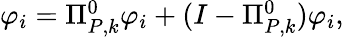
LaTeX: \begin{array}{r}{\varphi_{i}=\Pi_{{P},k}^{0}\varphi_{i}+(I-\Pi_{{P},k}^{0})\varphi_{i},}\end{array}